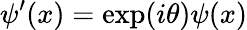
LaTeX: \psi^{\prime}(x)=\exp(i\theta)\psi(x)